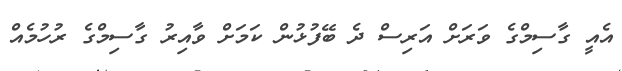
އެއީ ގާސިމްގެ ވަރަށް އަރިސް ދެ ބޭފުޅުން ކަމަށް ވާއިރު ގާސިމްގެ ރުހުމެއް